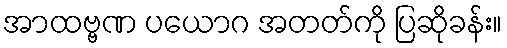
အာထဗ္ဗဏ ပယောဂ အတတ်ကို ပြဆိုခန်း။